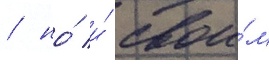
/ но́ и́ свои́м